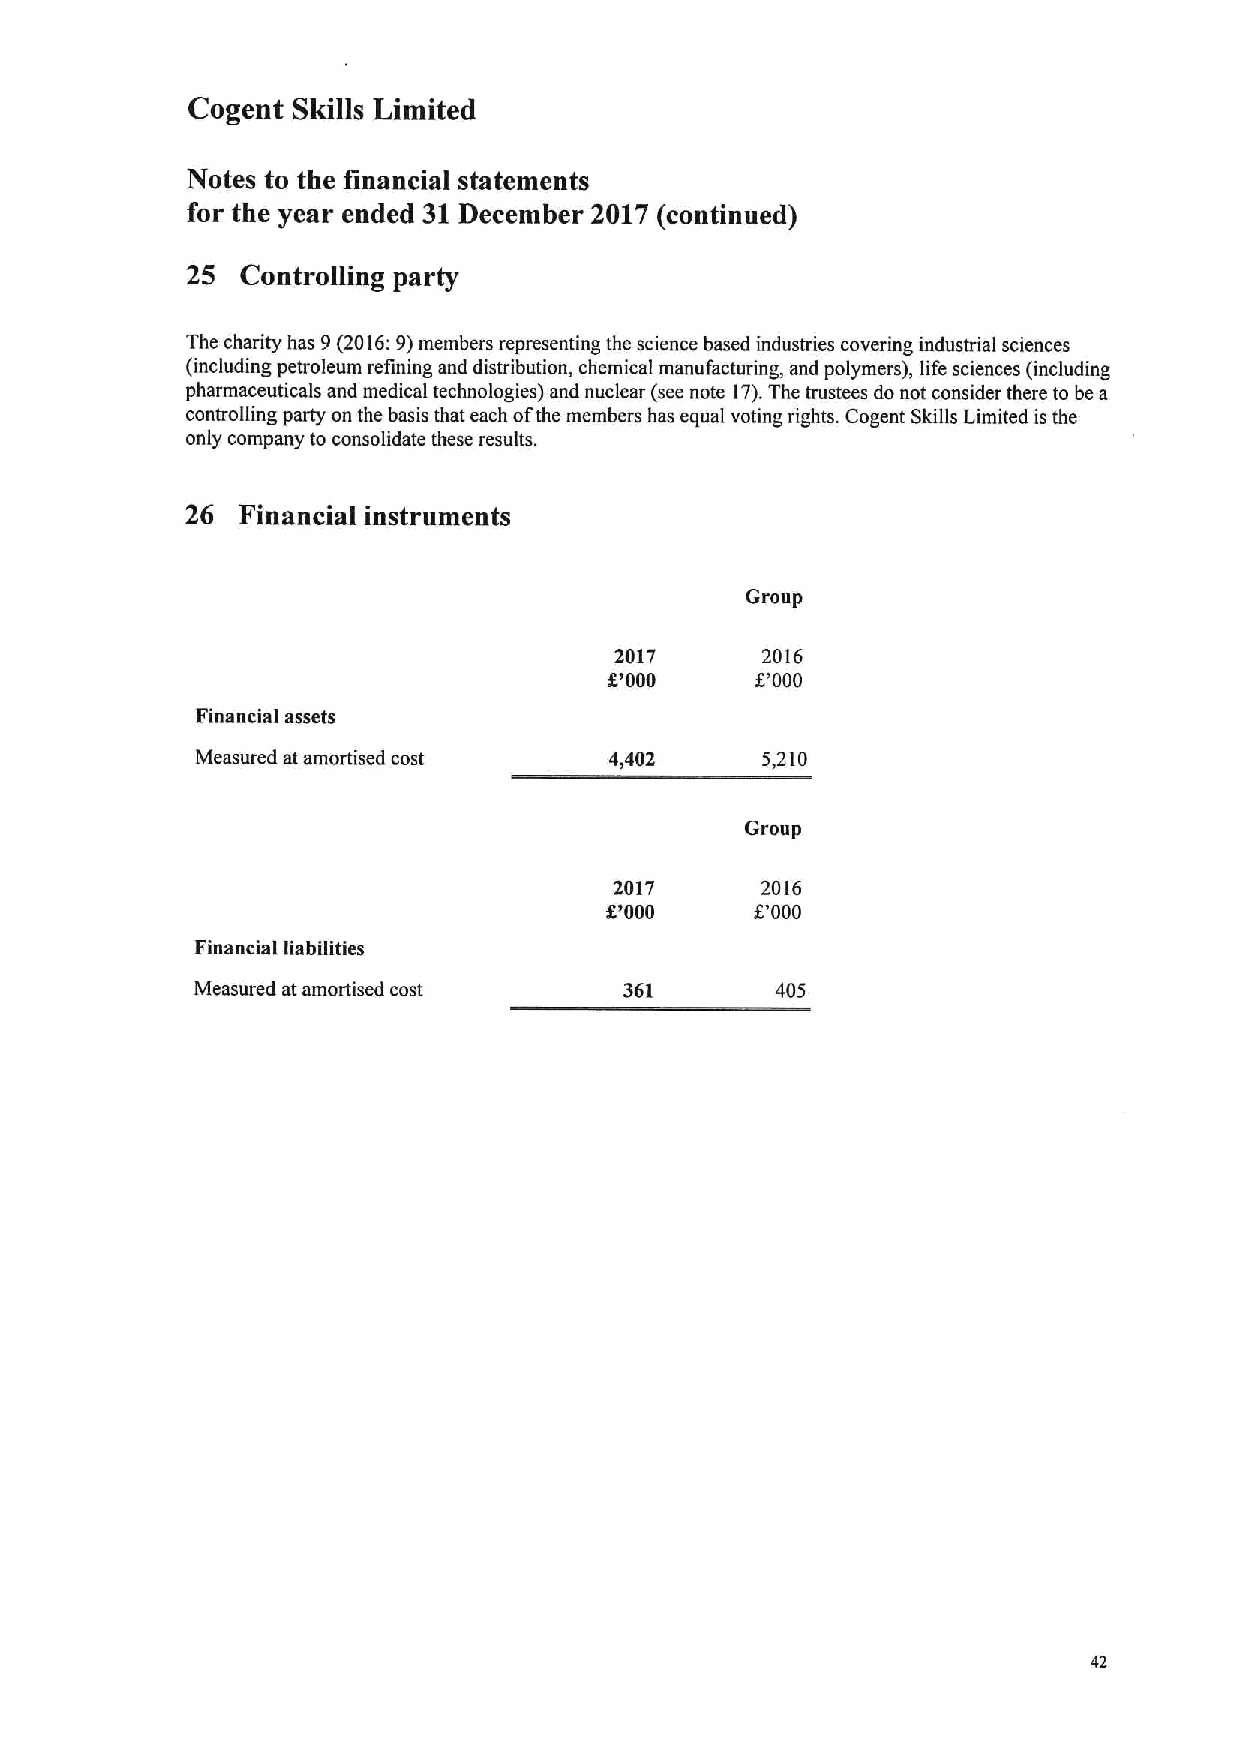
Cogent Skills Limited
 Notes to the financial statements
 for the year ended 31December 2017 (continued)
 25  Controlling party
 The charity has 9(2016:9)members representing the science based industries covering industrial sciences
 (including petroleum refining and distribution, chemical manufacturing, and polymers), life sciences (including
 pharmaceuticals and medical technologies) and nuclear (see note 17).The trustees do not consider there to be a
 controlling party on the basis that each ofthe members has equal voting rights. Cogent Skills Limited is the
 only company to consolidate these results.
 26  Financial instruments
 Group
 2017     2016
 t'000     8 000
 Financial assets
 Measured at amortised cost 4&402     5,210
 Group
 2017     2016
 K&000     6'000
 Financial liabilities
 Measured at amortised cost  361       405
 42